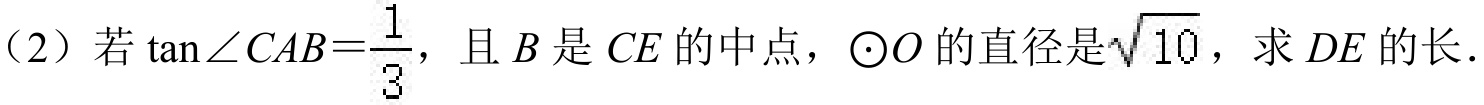
（2）若\(\tan\angle CAB=\frac{1}{3}\)，且\(B\)是\(CE\)的中点，\(\odot O\)的直径是\(\sqrt{10}\)，求\(DE\)的长．